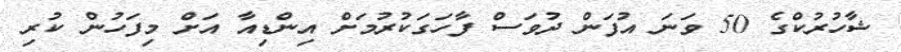
ޝާހުރުކްގެ 50 ވަނަ އުފަން ދުވަސް ފާހަގަކުރުމަށް އިންޑިއާ އަށް މިފަހުން ކުރި